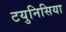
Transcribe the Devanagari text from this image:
टयुनिसिया